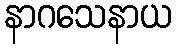
နာဂသေနာယ